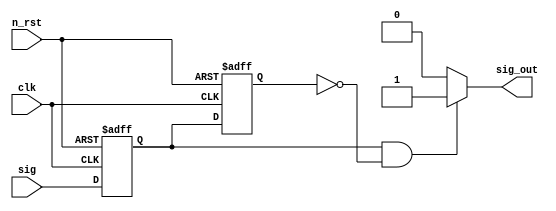
///////////////////////////////////////////////////////////////////////////////////////////////////
// Company: <Name>
//
// File history:
//      <Revision number>: <Date>: <Comments>
//      <Revision number>: <Date>: <Comments>
//      <Revision number>: <Date>: <Comments>
//
// Description: 
//
// <Description here>
//
// Targeted device: <Family::ProASIC3E> <Die::A3PE1500> <Package::208 PQFP>
//
/////////////////////////////////////////////////////////////////////////////////////////////////// 

//`timescale <time_units> / <precision>

module sig_gen( 
        input clk, n_rst, sig,
        output sig_out
);

reg sig_prev, sig_old;

always @ (posedge clk, negedge n_rst) begin
    if (n_rst == 0) begin
        sig_prev <= 0;
        sig_old <= 0;
    end else begin
        sig_old <= sig_prev;
        sig_prev <= sig;
    end
end

assign sig_out = (sig_prev == 1 & sig_old == 0) ? 1 : 0;

endmodule